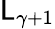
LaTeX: \mathsf{L}_{\gamma+1}